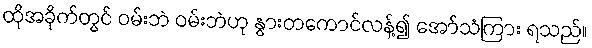
ထိုအခိုက်တွင် ဝမ်းဘဲ ဝမ်းဘဲဟု နွားတကောင်လန့်၍ အော်သံကြား ရသည်။